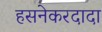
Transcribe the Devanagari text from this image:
हसनेकरदादा